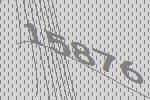
15876